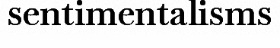
sentimentalisms